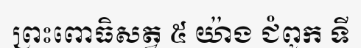
ព្រះពោធិសត្វ ៥ យ៉ាង ជំពូក ទី